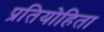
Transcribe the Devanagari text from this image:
प्रतियोहिता